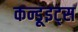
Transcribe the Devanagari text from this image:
कन्डूइट्स